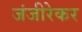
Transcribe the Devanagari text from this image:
जंजीरेकर